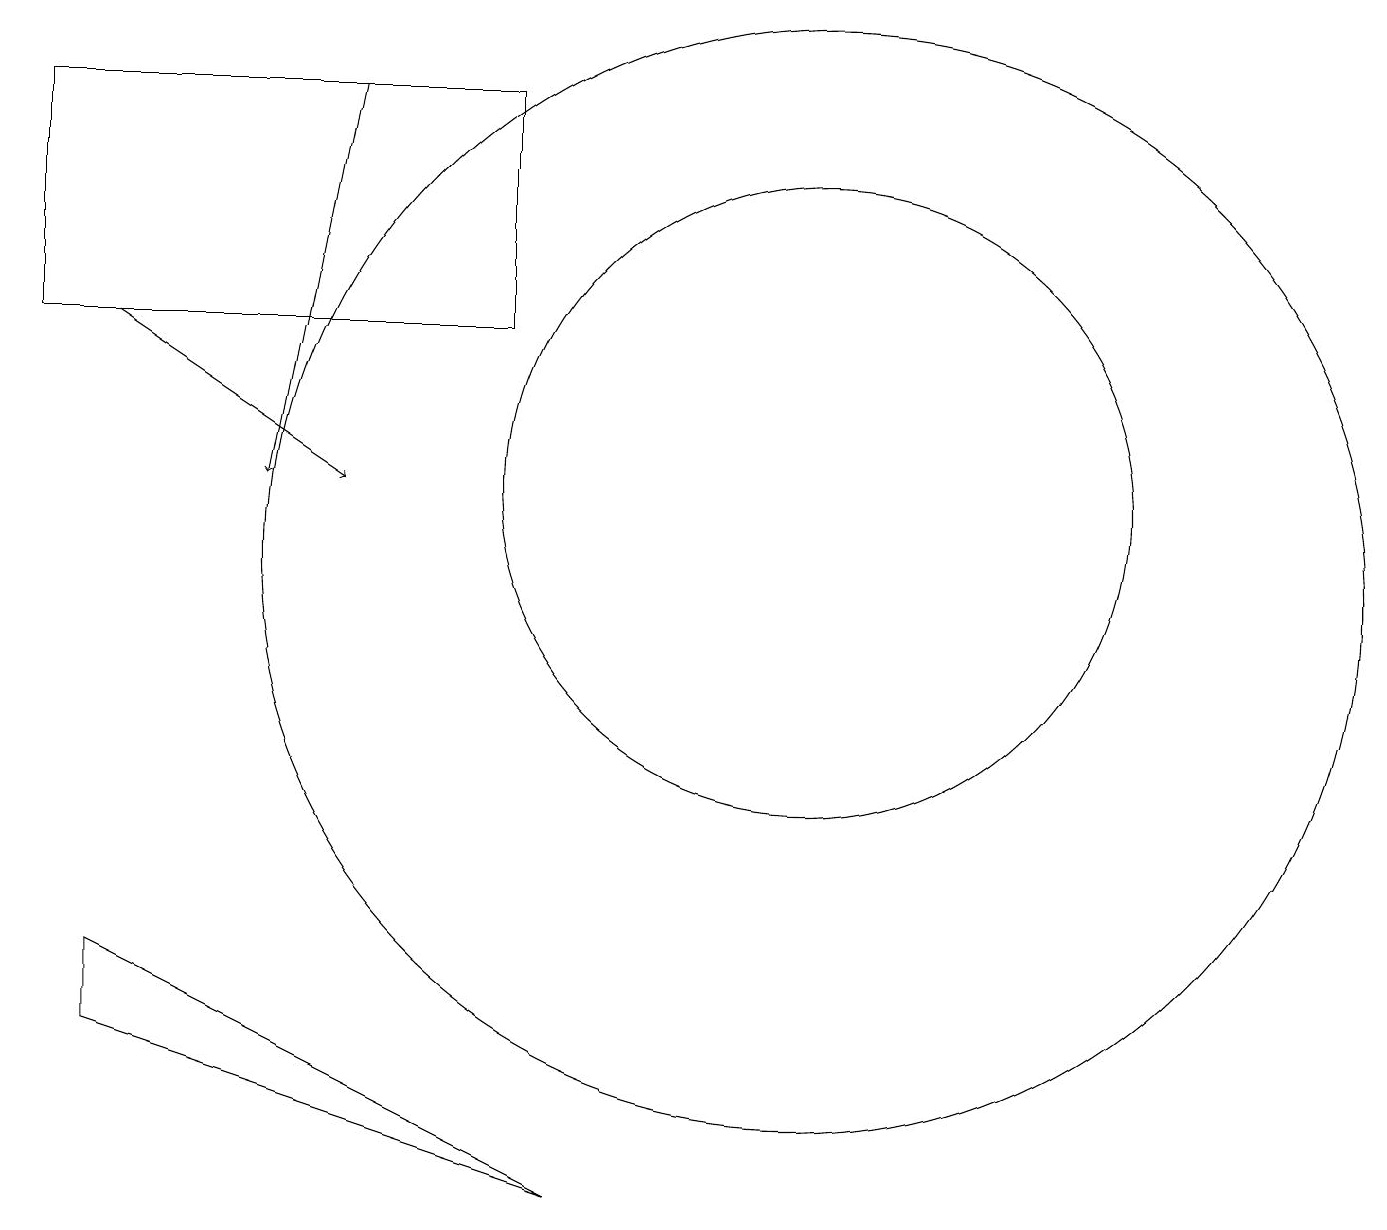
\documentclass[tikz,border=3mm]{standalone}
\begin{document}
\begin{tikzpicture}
\draw[->] (1,14) -- (4,12);
\draw (6,14) rectangle (0,17);
\draw (10,11) circle (7);
\draw (1,6) -- (7,3) -- (1,5) -- cycle;
\draw[->] (4,17) -- (3,12);
\draw (10,12) circle (4);
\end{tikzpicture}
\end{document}